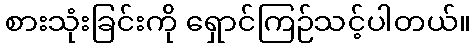
စားသုံးခြင်းကို ရှောင်ကြဉ်သင့်ပါတယ်။